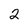
Character: 2